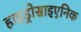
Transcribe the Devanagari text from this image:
हाइड्रोसाइएनिक